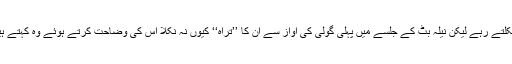
سعودی عرب میں اُدھیڑ عمرمیں بھی مختلف مواقع پر اُن کے’’ تراہ‘‘ (اچانک خوفزدہ ہوجانا) نکلتے رہے لیکن نیلہ بٹ کے جلسے میں پہلی گولی کی آواز سے اُن کا ’’تراہ‘‘ کیوں نہ نکلا اس کی وضاحت کرتے ہوئے وہ کہتے ہیں کہ انہوں نے کسی گولی کی آواز نہیں سُنی تھی اس لیے تراہ نکلنے کا کوئی سوال ہی نہ تھا۔